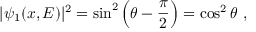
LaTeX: | \psi _ { 1 } ( x , E ) | ^ { 2 } = \sin ^ { 2 } \left( \theta - \frac { \pi } { 2 } \right) = \cos ^ { 2 } \theta \ ,